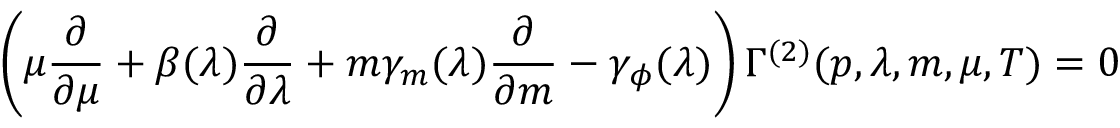
\left( \mu { \frac { \partial } { \partial \mu } } + \beta ( \lambda ) { \frac { \partial } { \partial \lambda } } + m \gamma _ { m } ( \lambda ) { \frac { \partial } { \partial { m } } } - \gamma _ { \phi } ( \lambda ) \right) \Gamma ^ { ( 2 ) } ( p , \lambda , m , \mu , T ) = 0